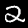
Label: 2